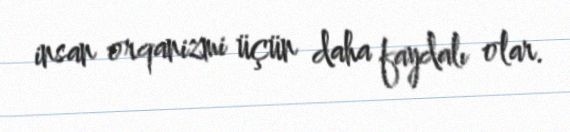
insan orqanizmi üçün daha faydalı olar.